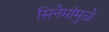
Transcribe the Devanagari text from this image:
सिनेमांमुळे